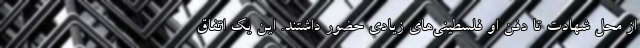
از محل شهادت تا دفن او فلسطینی‌های زیادی حضور داشتند. این یک اتفاق